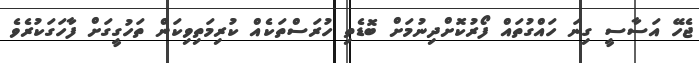
ޖެހޭ އަސާސީ ގިނަ ހައްގުތައް ފޯރުކޮށްދިނުމަށް ބޮޑެތި ހުރަސްތަކެއް ކުރިމަތިވިކަން ތަހުގީގަށް ފާހަގަކުރެވެ